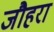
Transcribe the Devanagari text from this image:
जौहरा